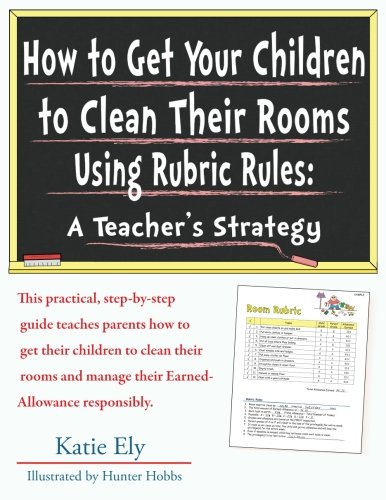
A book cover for How to Get Your Children to Clean Their Rooms Using Rubric Rules: A Teacher's Strategy; Katie Ely; Crafts, Hobbies & Home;